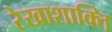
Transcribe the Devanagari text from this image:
रेखाशाक्ति